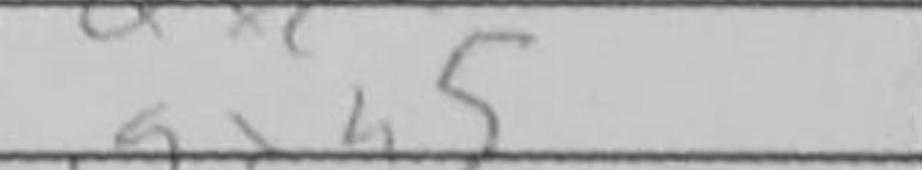
Transcription: gxh5